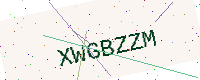
Text: XWGBZZM